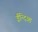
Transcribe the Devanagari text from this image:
ईन्दिआ